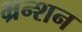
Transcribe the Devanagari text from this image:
भ्रन्शन